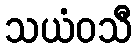
သယံဝသီ